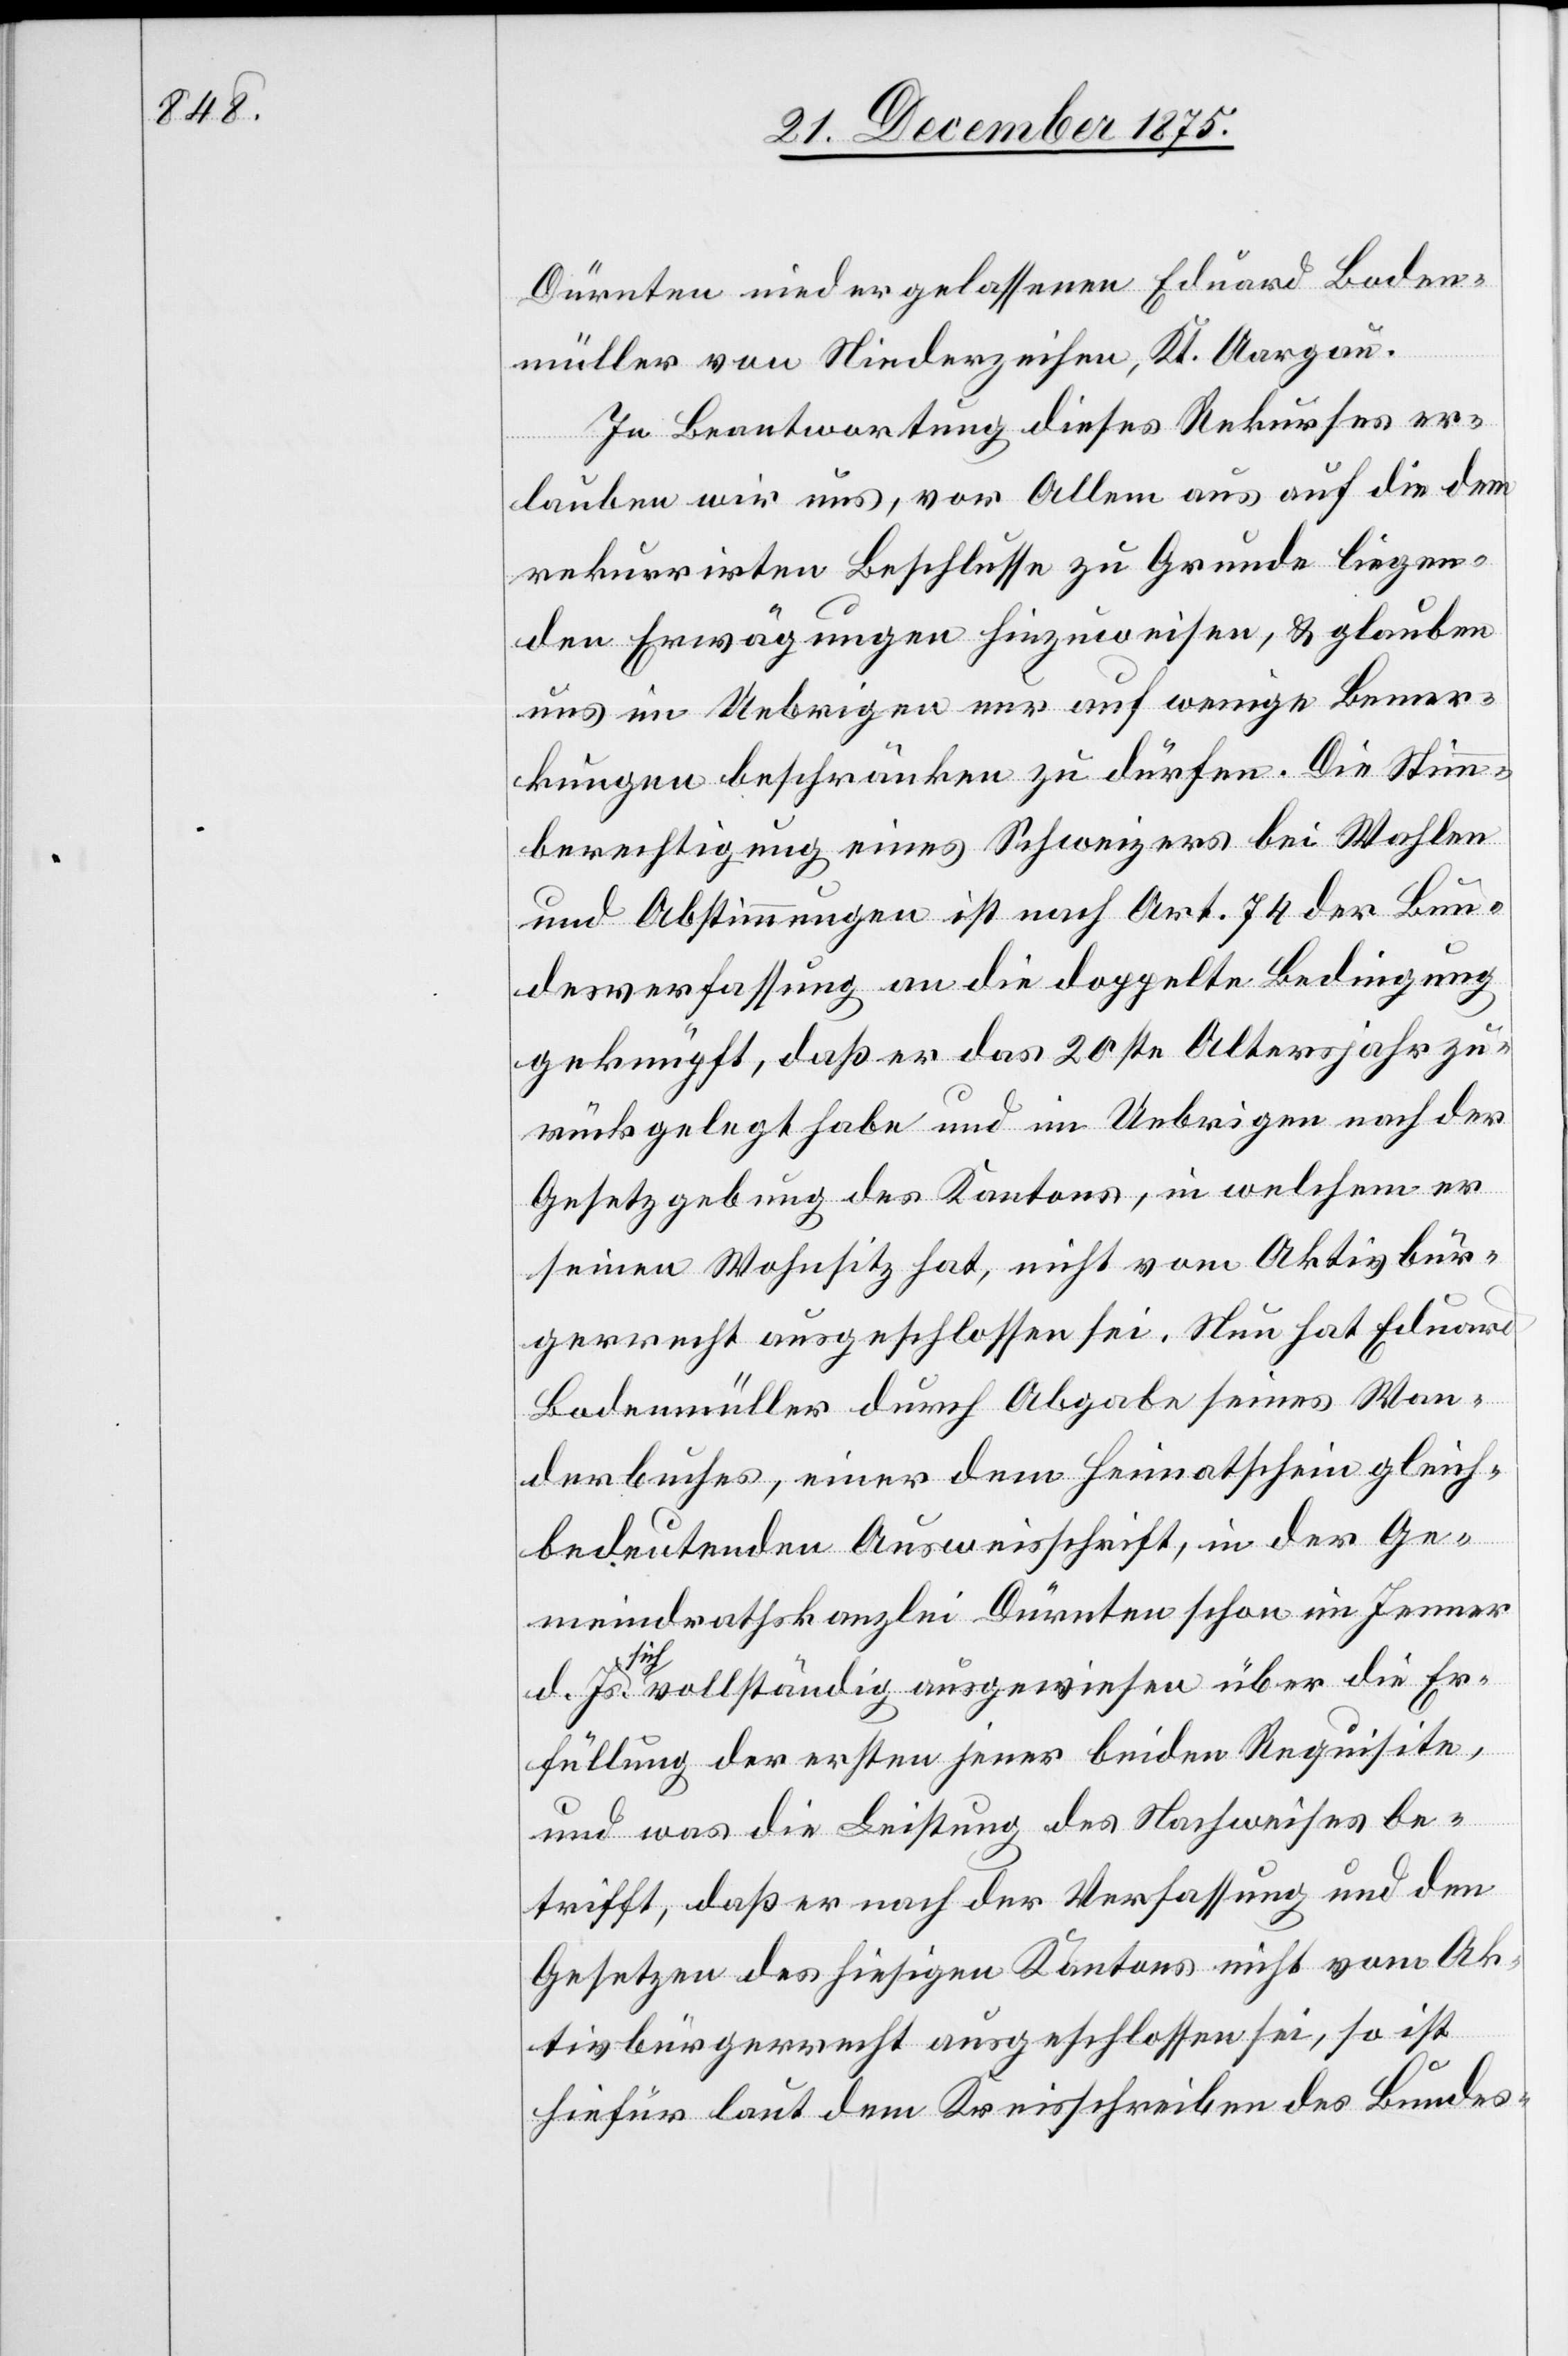
Dürnten niedergelassenen Eduard Boden¬
müller von Niederzeihen, Kt. Aargau.
In Beantwortung diese Rekurses er¬
lauben wir uns, vor Allem aus auf die dem
rekurrirten Beschlusse zu Grunde liegen¬
den Erwägungen hinzuweisen, & glauben
uns im Uebrigen nur auf wenige Bemer¬
kungen beschränken zu dürfen. Die Stimm¬
berechtigung eines Schweizers bei Wahlen
und Abstimmungen ist nach Art. 74 der Bun¬
desverfassung an die doppelte Bedingung
geknüpft, daß er das 20ste Altersjahr zu¬
rückgelegt habe und im Uebrigen nach der
Gesetzgebung des Kantons, in welchem er
seinen Wohnsitz hat, nicht vom Aktivbür¬
gerrecht ausgeschlossen sei. Nun hat Eduard
Bodenmüller durch Abgabe seines Wan¬
derbuches, einer dem Heimatschein gleich¬
bedeutenden Ausweisschrift, in der Ge¬
meindrathskanzlei Dürnten schon im Jenner
Js. sich vollständig ausgewiesen über die Er¬
füllung der ersten jener beiden Requisite,
und was die Leistung des Nachweises be¬
trifft, daß er nach der Verfassung und den
Gesetzen des hiesigen Kantons nicht vom Ak¬
tivbürgerrecht ausgeschlossen sei, so ist
hiefür laut dem Kreisschreiben des Bundes-